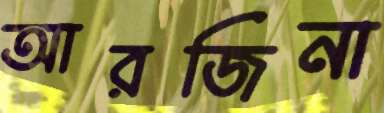
আরজিনা